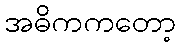
အဓိကကတော့